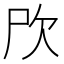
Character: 𣢁